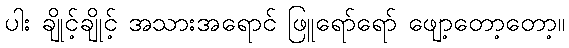
ပါး ချိုင့်ချိုင့် အသားအရောင် ဖြူရော်ရော် ဖျော့တော့တော့။